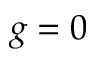
g = 0